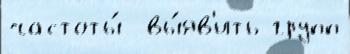
частоты́  вы́яв'ить групп